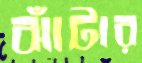
ঝাঁটার